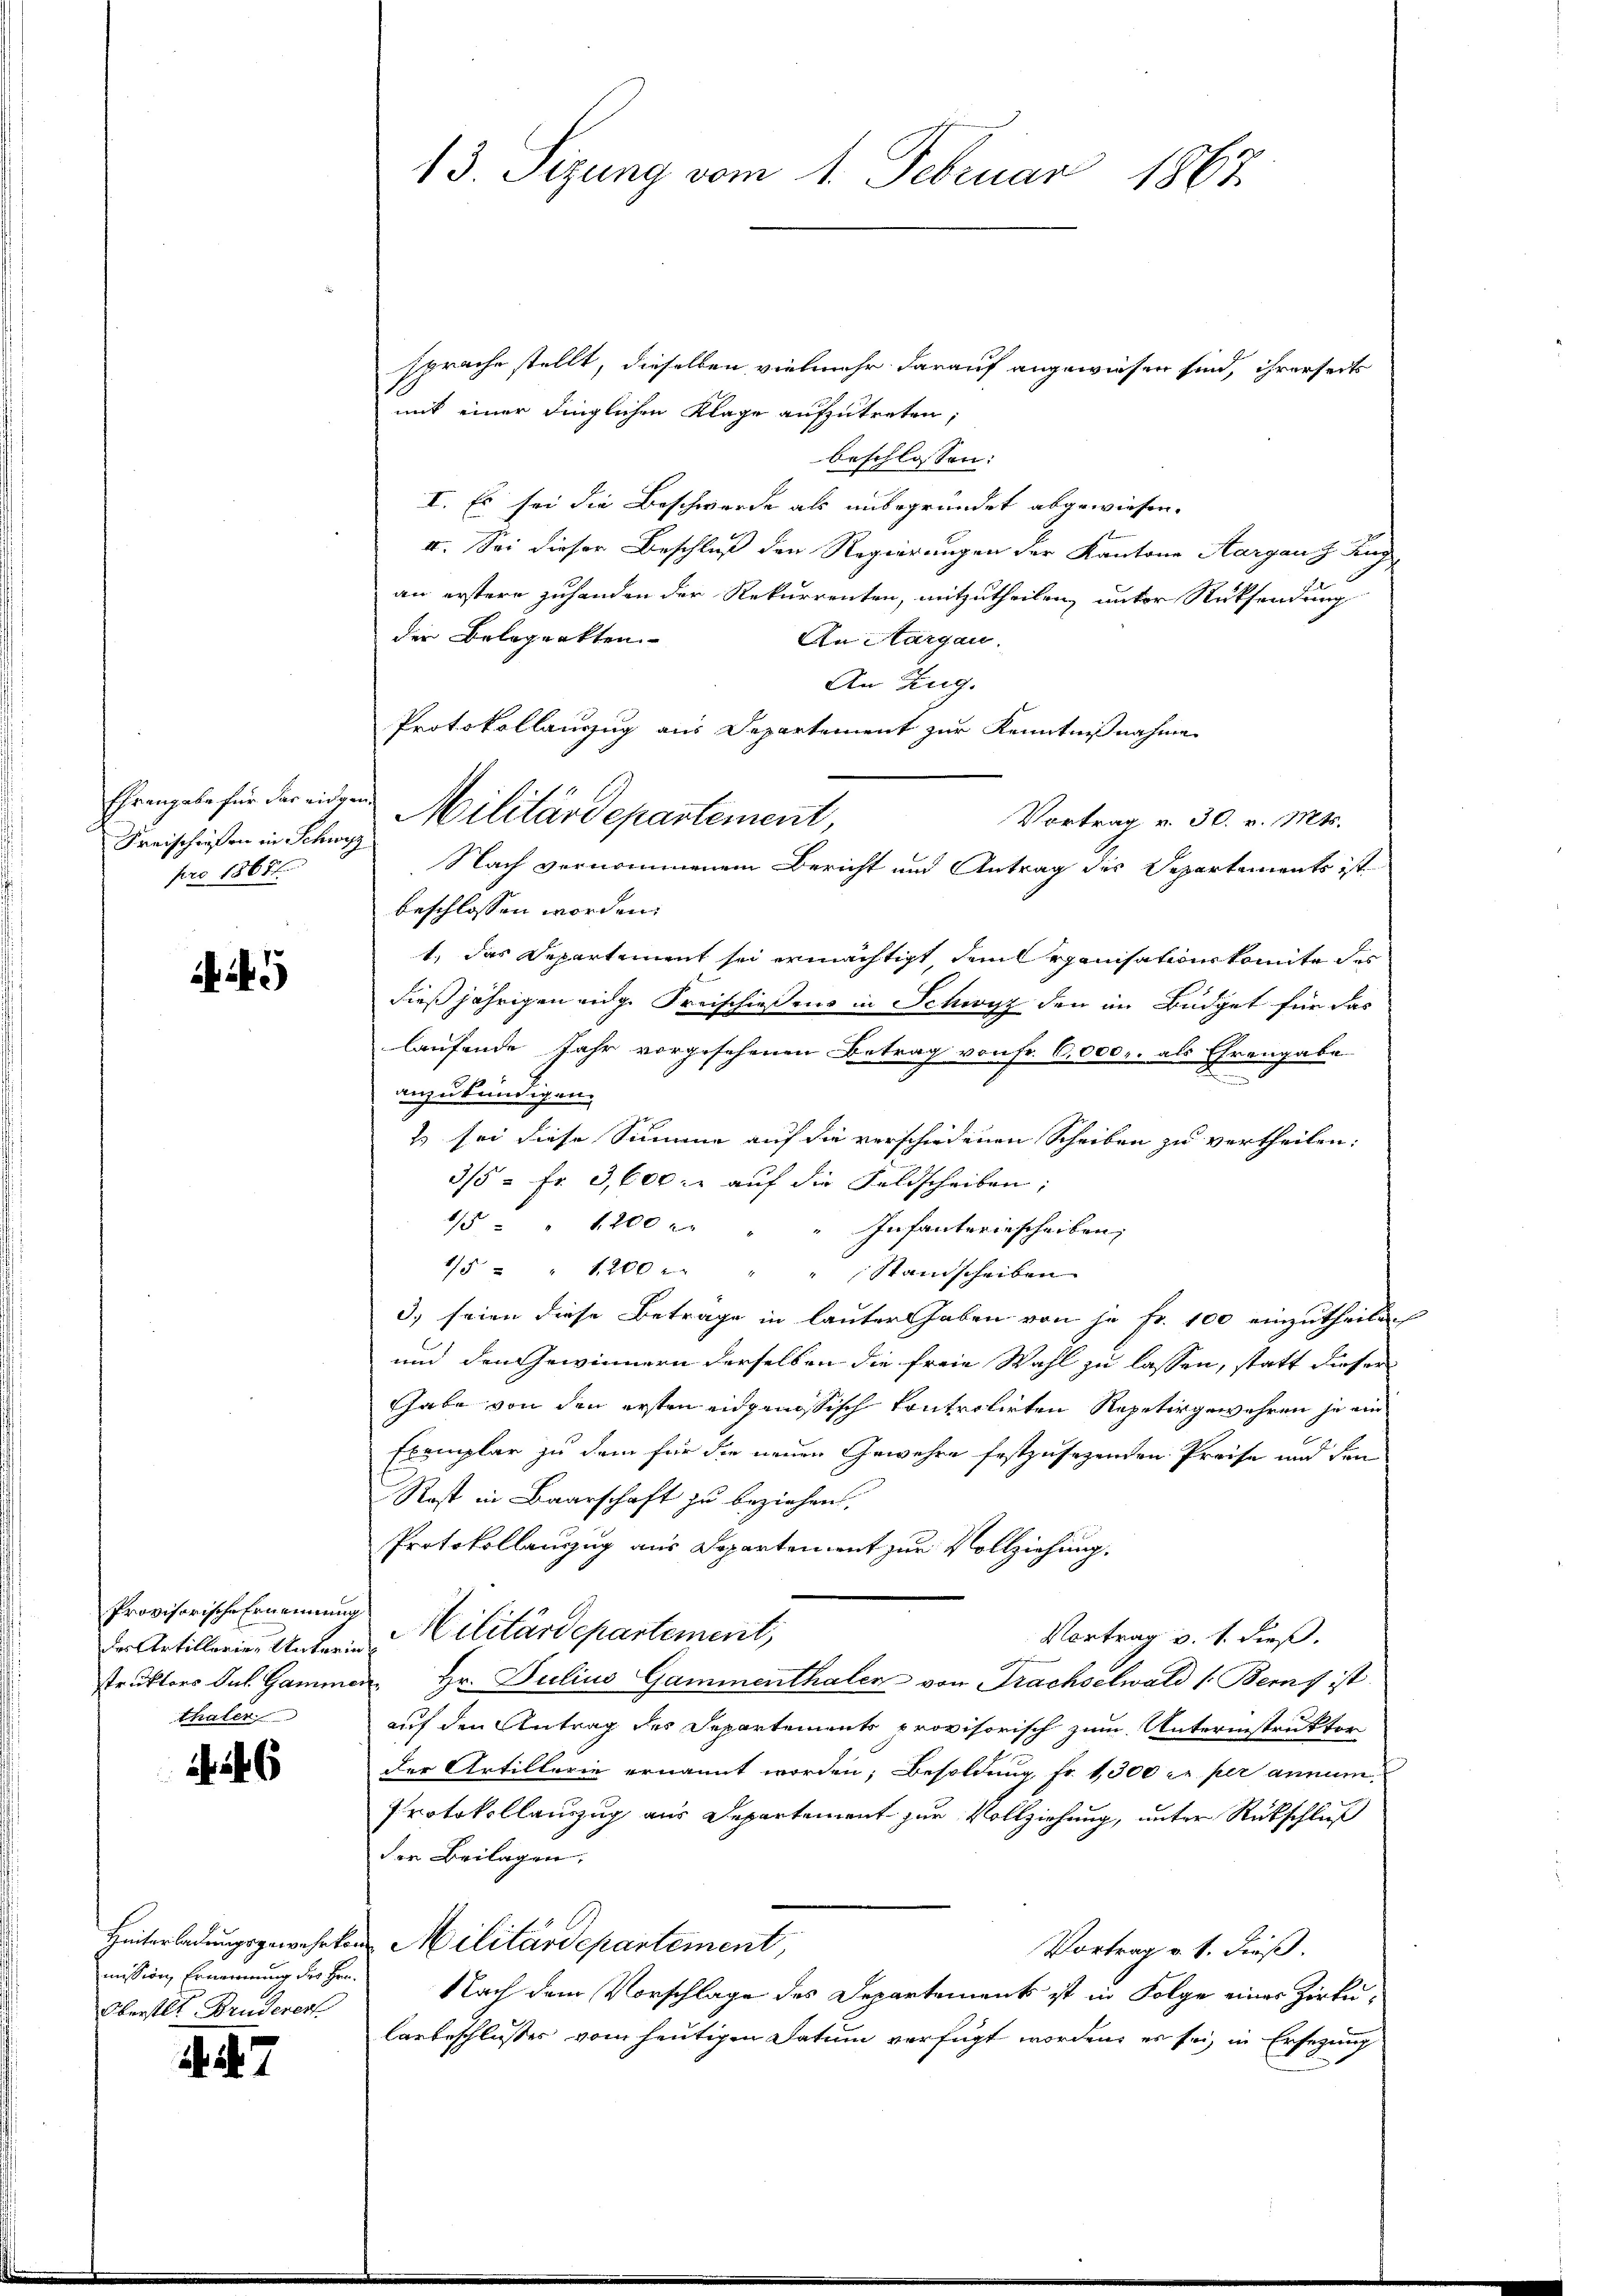
Ehrengabe für das eidge
Freischloßen in Schwyz
pro 18681.

5

Provisorische Ernennung
thaler

6

mission, Ernennung des Hrn.
Oberstet Bruderer

47

13. Sizung vom 1. Februar 1867.

sprache stellt, dieselben vielmehr darauf angewiesen sind, ihrerseits
mit einer dinglichen Klage aufzutreten,
beschlossen:
I. Es sei die Beschwerde als unbegründet abgewiesen.
II. Sei dieser Beschluß den Regierungen der Kantone Aargaus Kug
an erstere Zuhanden der Rekurrenten, mitzutheilen, unter Rücksendung
der Belopunkten.
An Aargau.
An Zug.
Protokollauszug aus Departement zur Kenntnißnahme
Militärdepartement,
Vortrag v. 30. v. Mts.
 Nach vernommenem Bericht und Antrag des Departements ist
beschlossen worden.
1., das Departiment sei ermächtigt, dem Organisationskomite des
dießjährigen eige Kreischießens in Schwyz den im Büdget für das
laufende Jahr vorgesehenen Betrag von Fr. 6,000. als Ehrengabe
anzukündigen.
2 sei diese Summe auf die verschiedenen Scheiben zu vertheilen:
3/5 = Fr. 3,600 l. auf die Feldscheiben;
1/5 " 1200 u. "
Infanteriescheiben;
1/5 " " 1200 " " " Stanscheiben
3) seien diese Betrage in lauter haben von je Fr. 100 einzutheilen
und den Gewinnern derselben die freie Wahl zu lassen, statt dieser
Gabe von den ersten eignissisch kontrolirten Repetir gewähren je ein
Exemplar zu dem für die neuen Gewehre festzusezenden Preise und den
Rost in Baarschaft zu beziehen,
Protokollanzzug aus Departement zur Vollziehung.
Vortrag v. 1. dieß.
er Artillerie-Unterin Cilitärdepartement,
struktors Jul. Gammen Hr. Julius Gammenthalen von Trachselwald (Berns ist.
auf den Antrag des Departements provisorisch zum Unterinstruktor
der Artillerie ernannt worden; Besoldung Fr. 1300 r. per annum
Protokollauszug aus Departement zur Vollziehung, unter Rückschluß
der Beilagen.
Hinterladungsgewehrten Militärdepartement,
Vortrag v. 1. dieß.
Nach dem Vorschlage des Departement ist in Folge eines Zirku-
laubeschlusses vom heutigen Datum verfügt worden, es sei, in Ersezung